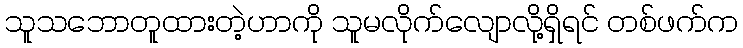
သူသဘောတူထားတဲ့ဟာကို သူမလိုက်လျောလို့ရှိရင် တစ်ဖက်က